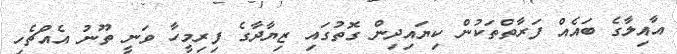
އާއިލާގެ ބައެއް ފަރާތްތަކުން ކިޔައިދިން ގޮތުގައި ޒިޔާދާގެ ފިރިމީހާ ވަނީ ތޫނު އެއްޗެހި